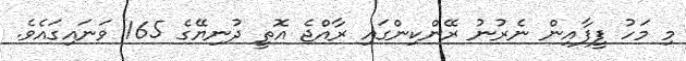
މި މަހު ފީފާއިން ނެރުނު ރޭންކިންގައި ރާއްޖެ އޮތީ ދުނިޔޭގެ 165 ވަނައިގައެވެ.